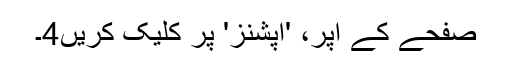
صفحے کے اپر، 'اپشنز' پر کلیک کریں4۔